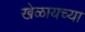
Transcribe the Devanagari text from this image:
खेळायच्या